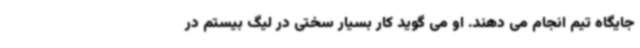
جایگاه تیم انجام می دهند. او می گوید کار بسیار سختی در لیگ بیستم در